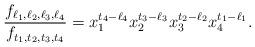
LaTeX: \begin{align*} \frac{f_{\ell_1,\ell_2,\ell_3,\ell_4}}{f_{t_1,t_2,t_3,t_4}} = x_1^{t_4-\ell_4} x_2^{t_3-\ell_3} x_3^{t_2-\ell_2} x_4^{t_1-\ell_1}.\end{align*}